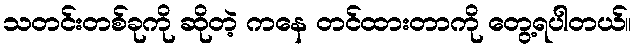
သတင်းတစ်ခုကို ဆိုတဲ့ ကနေ တင်ထားတာကို တွေ့ရပါတယ်။